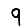
Digit: 9